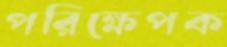
পরিক্ষেপক